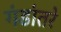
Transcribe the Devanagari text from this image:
गंडांतरे